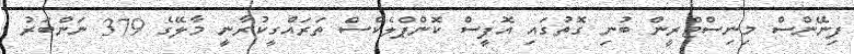
ފިނޭންސް މިނިސްޓްރީން ބުނި ގޮތުގައި އޮފީސް ކޮންޕްލެކްސް ތަރައްގީކުރާނީ މާލޭގެ 379 ނަންބަރު